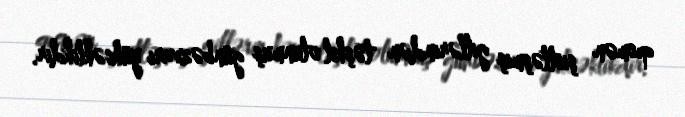
qısmən şistləşmiş gillərindən təşkil olunmuş günbəzvari yüksəklikdir.